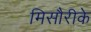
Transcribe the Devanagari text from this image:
मिसौरीके